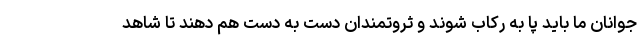
جوانان ما باید پا به رکاب شوند و ثروتمندان دست به دست هم دهند تا شاهد